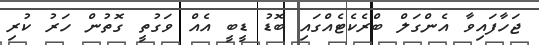
ޖަހާފައިވާ އެންގަލް ބްރެކެޓެއްގައި ބޮޑު ޑީބީ އެއް ވަގުތީ ގޮތުން ހަރު ކުރި